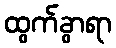
ထွက်ခွာရာ